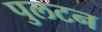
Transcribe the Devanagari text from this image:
पुलटन